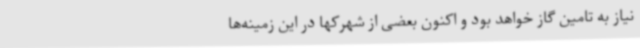
نیاز به تامین گاز خواهد بود و اکنون بعضی از شهرکها در این زمینه‌ها